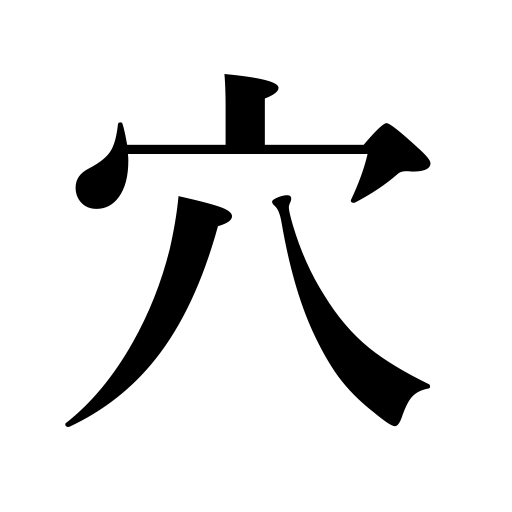
Meanings: stop of musical instrument,deficit,cave,socket,gap,aperture,den,grave,defect,slit,pit,hiding place,eyelet,cavity,fault,dark horse,hole